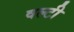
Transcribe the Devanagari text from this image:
वल्टी